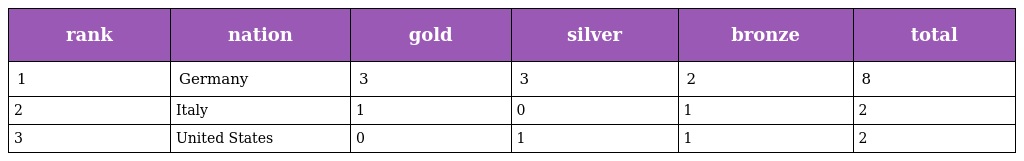
| rank | nation | gold | silver | bronze | total |
 | --- | --- | --- | --- | --- | --- |
 | 1 | Germany | 3 | 3 | 2 | 8 |
 | 2 | Italy | 1 | 0 | 1 | 2 |
 | 3 | United States | 0 | 1 | 1 | 2 |